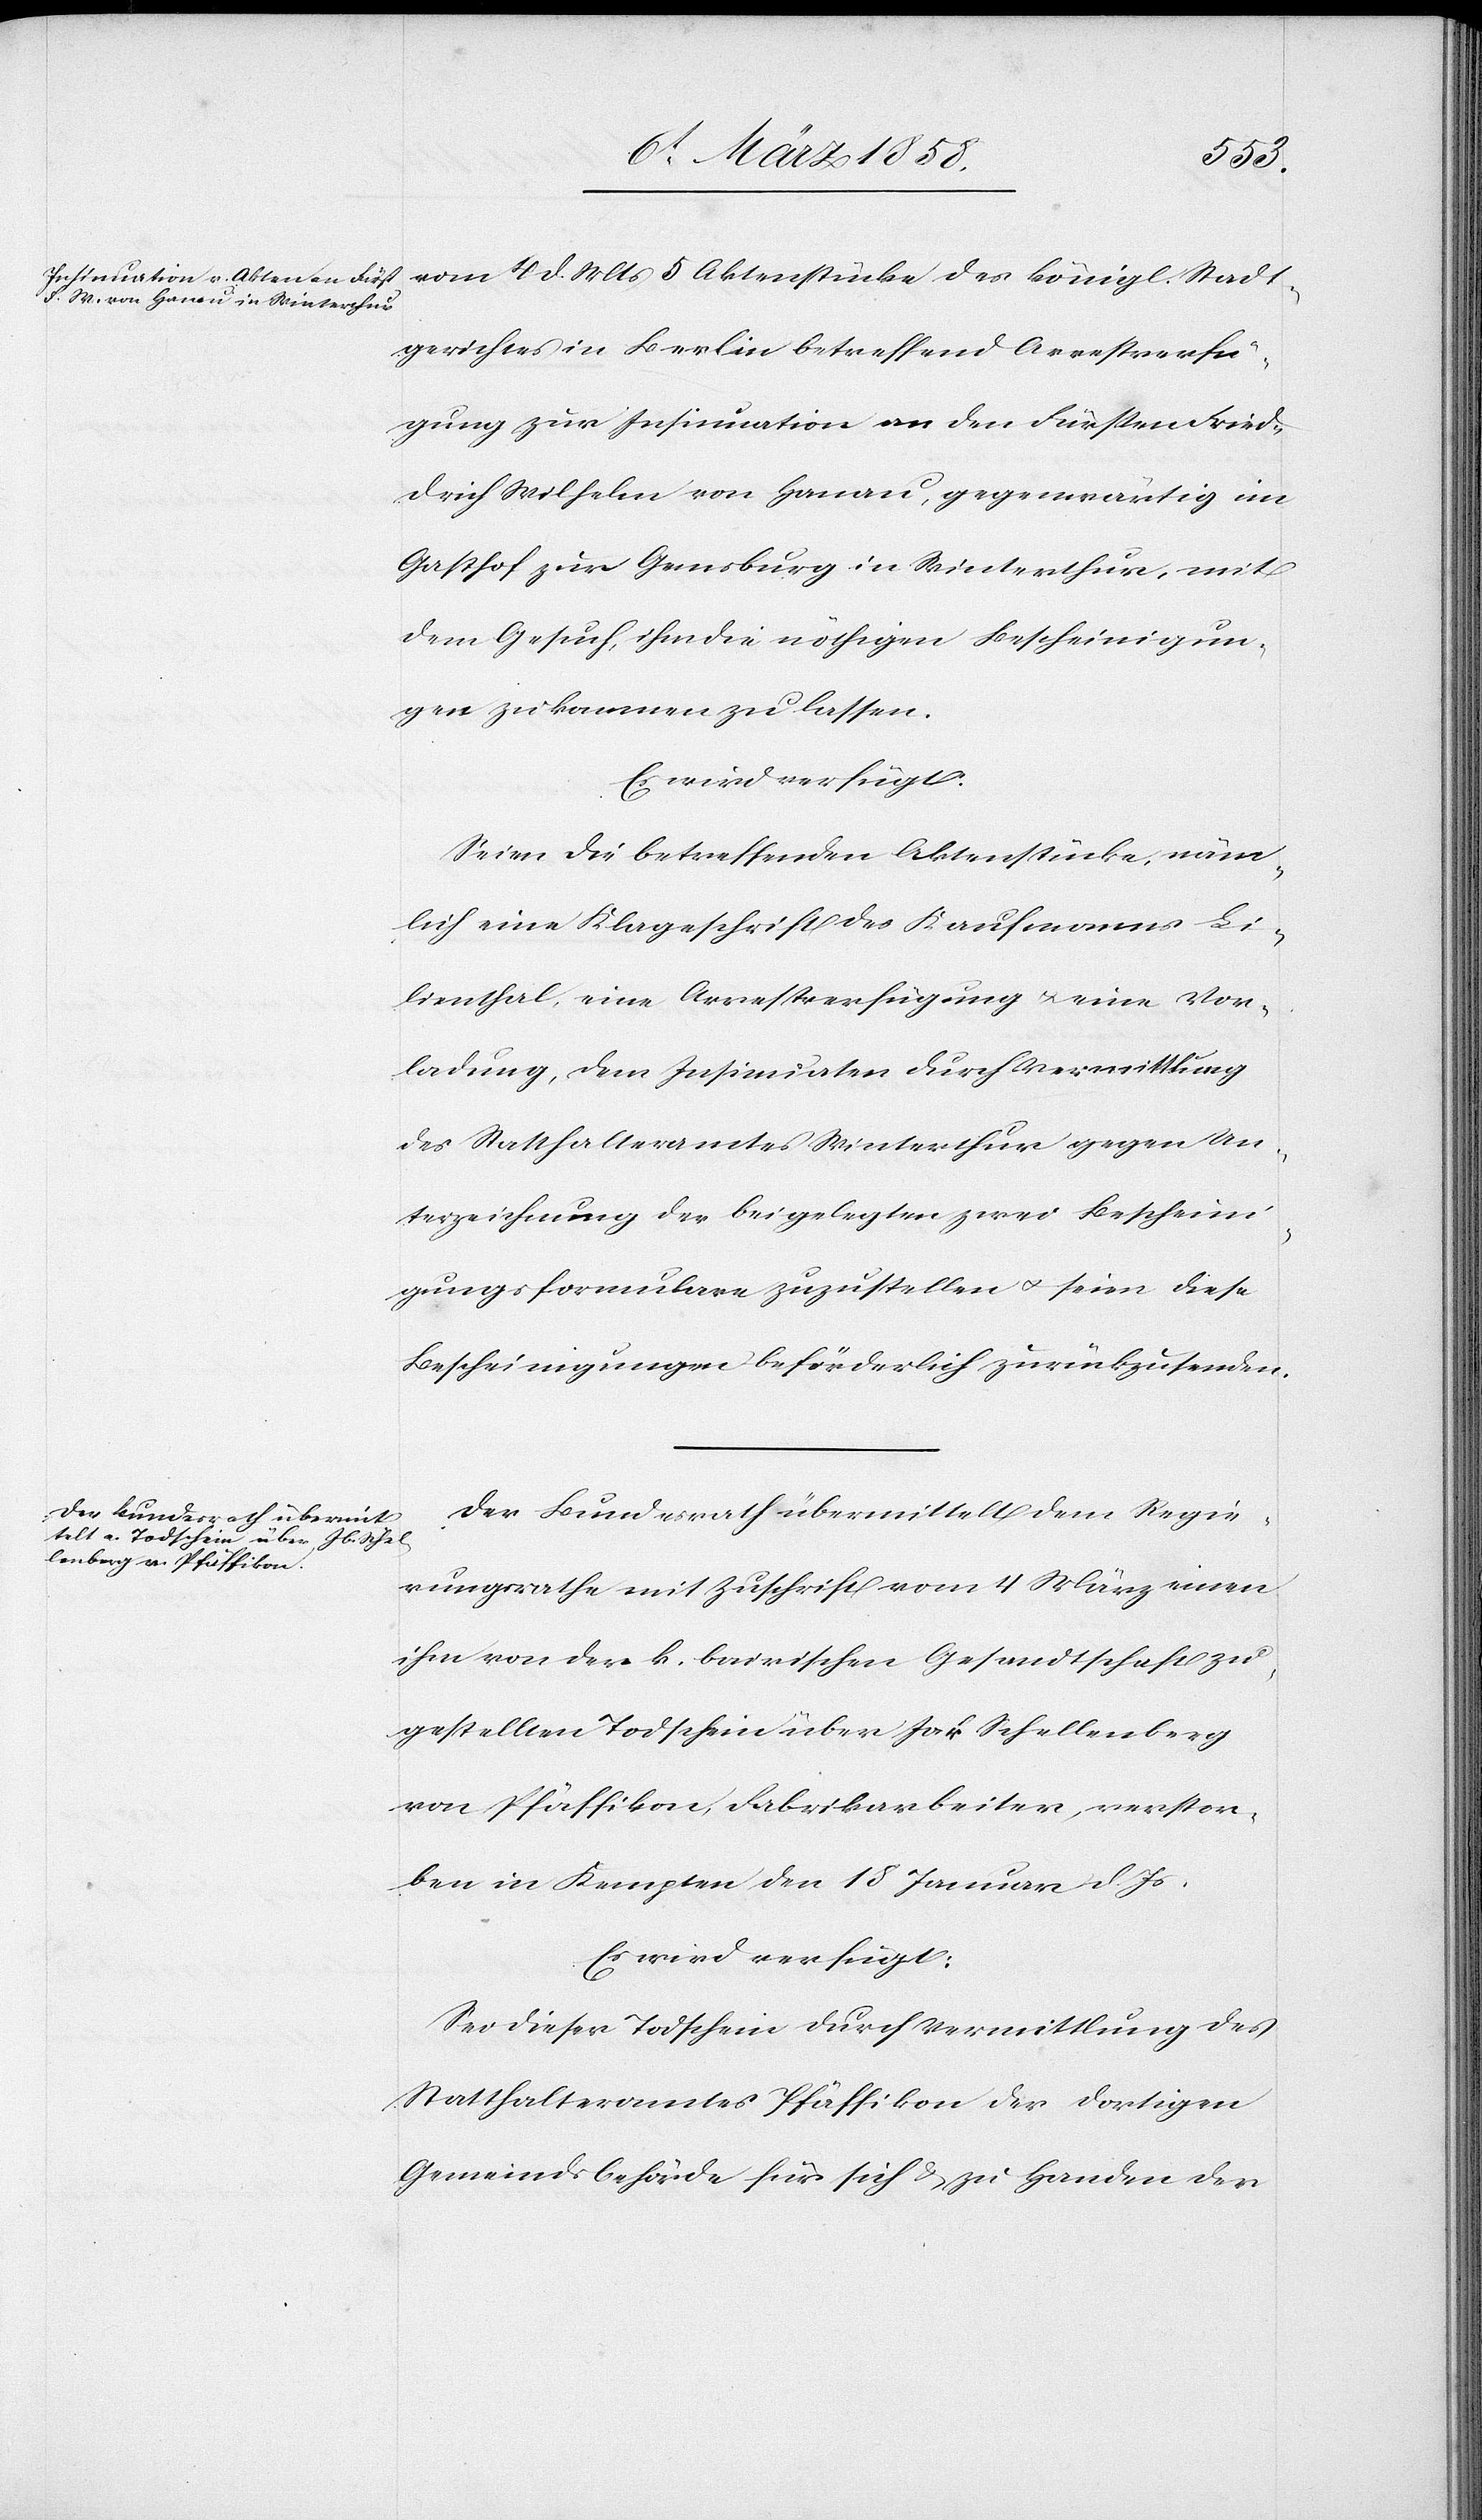
8t März 1858.]
Stadt¬
gerichtes in Berlin betreffend Arrestverfü¬
gung zur Insinuation an den Fürsten Fried¬
rich Wilhelm von Hanau, gegenwärtig im
Gasthof zur Gemsburg in Winterthur, mit
dem Gesuch, ihm die nöthigen Bescheinigun¬
gen zukommen zu lassen.
Es wird verfügt:
Seien die betreffenden Aktenstücke, näm¬
lich eine Klageschrift des Kaufmanns Li¬
lienthal, eine Arrestverfügung u. eine Vor¬
ladung, dem Insinuation durch Vermittlung
des Statthalteramtes Winterthur gegen Un¬
terzeichnung der beigelegten zwei Bescheini¬
gungsformulare zuzustellen u. seien diese
Bescheinigungen beförderlich zurückzusenden.
Der Bundesrath übermittelt dem Regie¬
rungsrathe mit Zuschrift vom 4. März einen
ihm von der k. bairischen Gesandtschaft zu¬
gestellten Todschein über Jak. Schellenberg
von Pfäffikon, Fabrikarbeiter, verstor¬
ben in Kempten den 18. Januar d. Js.
Es wird verfügt:
Sei dieser Todschein durch Vermittlung des
Statthalteramtes Pfäffikon der dortigen
Gemeindsbehörde für sich u. zu Handen der